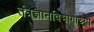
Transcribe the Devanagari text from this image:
तंत्रज्ञानविभागाच्या